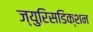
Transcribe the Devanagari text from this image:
ज्युरिसडिक्शन